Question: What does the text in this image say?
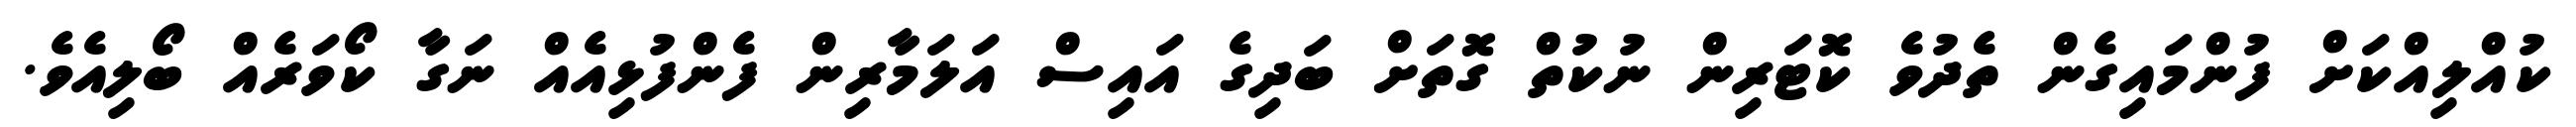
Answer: ކުއްލިއްކަށް ފުންމައިގެން ތެދުވެ ކޮޓަރިން ނުކުތް ގޮތަށް ބަދިގެ އައިސް އަލަމާރިން ފެންފުޅިއެއް ނަގާ ކޯވަރެއް ބޯލިއެވެ.